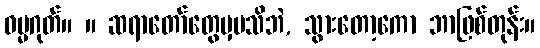
ဓမ္မဂုတ်။ ။ ဆရာတော်တွေမှမသိဘဲ, သွားတော့ကော ဘာဖြစ်တုန်း။